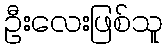
ဦးလေးဖြစ်သူ